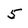
Character: 5